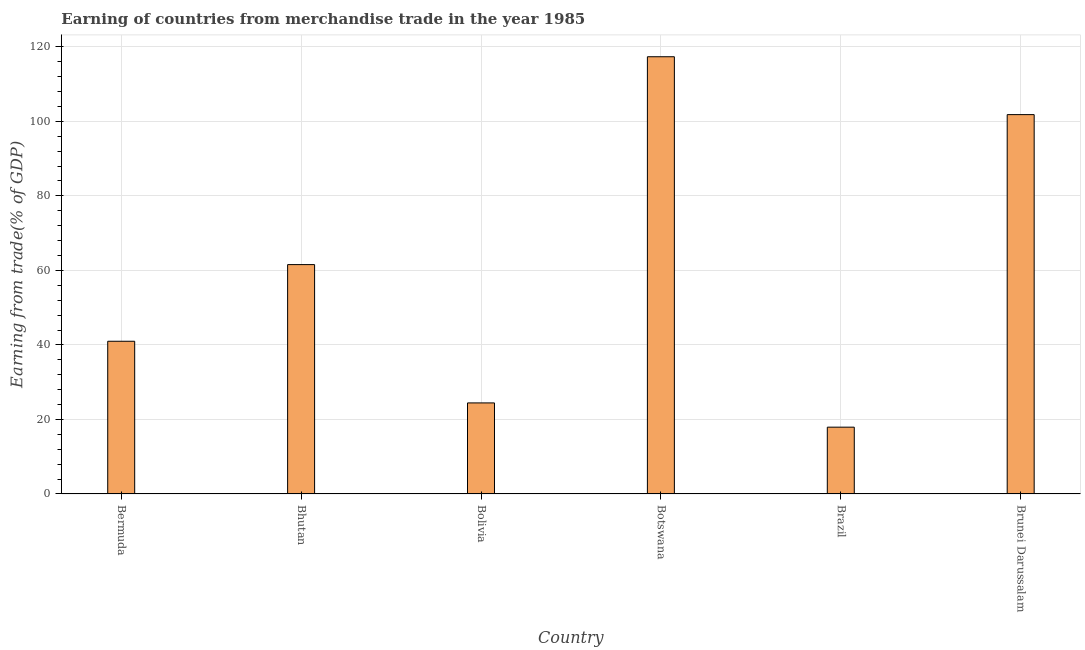
| Country | Merchandise trade |
 | --- | --- |
 | Bermuda | 41 |
 | Bhutan | 61.6 |
 | Bolivia | 24.4 |
 | Botswana | 117 |
 | Brazil | 17.9 |
 | Brunei Darussalam | 102 |